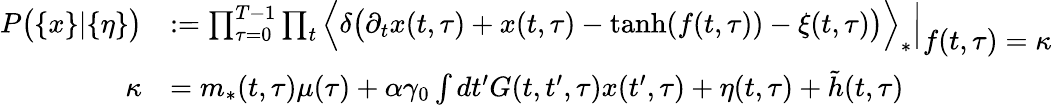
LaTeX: \begin{array}{rl}{P\big(\{ x\} |\{ \eta\} \big)}&{:=\prod_{\tau=0}^{T-1}\prod_{t}\Big\langle\delta\big(\partial_{t}x(t,\tau)+x(t,\tau)-\mathrm{tanh}(f(t,\tau))-\xi(t,\tau)\big)\Big\rangle_{*}\Big|_{\displaystyle f(t,\tau)=\kappa}}\\ {\kappa}&{=m_{*}(t,\tau)\mu(\tau)+\alpha\gamma_{0}\int dt^{\prime}G(t,t^{\prime},\tau)x(t^{\prime},\tau)+\eta(t,\tau)+\tilde{h}(t,\tau)}\end{array}